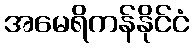
အမေရိကန်နိုင်ငံ